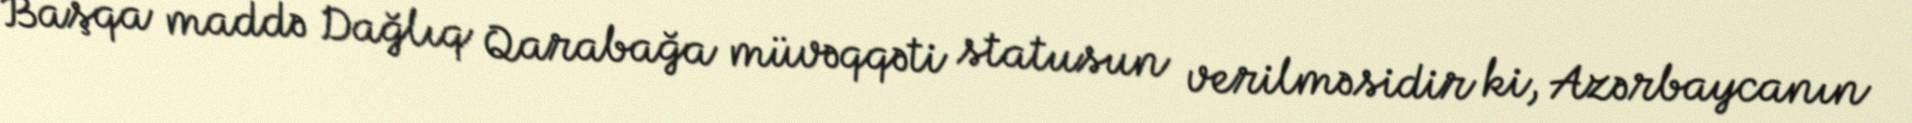
Başqa maddə Dağlıq Qarabağa müvəqqəti statusun verilməsidir ki, Azərbaycanın